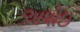
અધોઇ